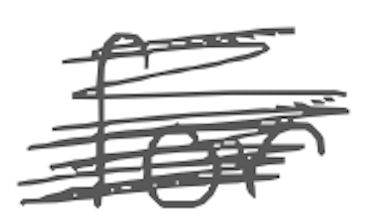
Text: for
Cross-out: scratch
Writing tool: digital_gray